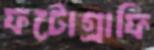
ফটোগ্রাফি